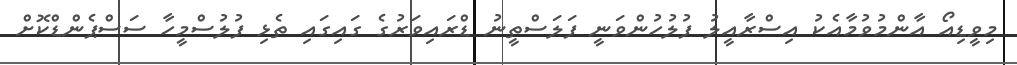
މިވީޑިއޯ އާންމުވުމާއެކު އިސްރާއީލު ފުލުހުންވަނީ ފަލަސްތީނު ޑްރައިވަރުގެ ގައިގައި ތެޅި ފުލުސްމީހާ ސަސްޕެންޑްކޮށް